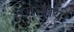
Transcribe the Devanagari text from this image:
समन्यायी